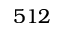
5 1 2